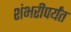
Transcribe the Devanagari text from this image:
शंभरीपर्यंत